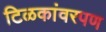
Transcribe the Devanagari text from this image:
टिळकांवरपण